Statistics compiled by the Government of India from the reports of provincial Civil Veterinary Departments
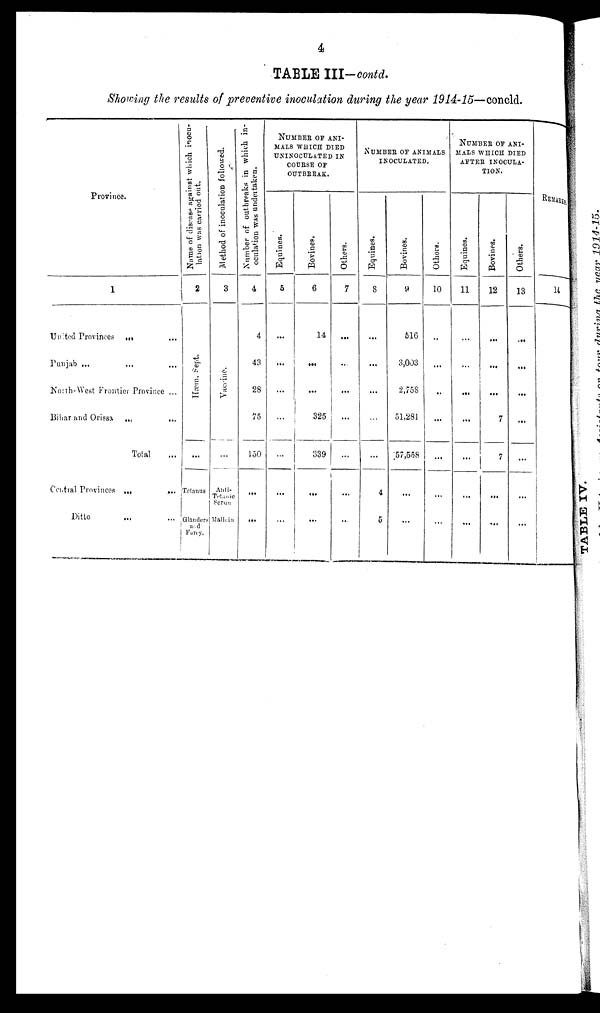
4
TABLE III-contd.
Showing the results of preventive inoculation during the year 1914-15—concld.
Province.
1
United Provinces ... ...
Punjab ... ... ...
North-West Frontier Province ...
Bihar and Orissa ... ...
Total ...
Central Provinces
...
...
Ditto ... ...
Name of disease against which inocu-
lation was carried out.
2
Hæm. Sept.
...
Tetanus
Glanders
and
Farey.
Method of inoculation followed.
3
Vaccine.
...
Anti-
Tetanic
Serum
Mallein
Number of outbreaks in which in-
oculation was undertaken.
4
4
43
28
75
150
...
...
NUMBER OF ANI-
MALS WHICH DIED
UNINOCULATED IN
COURSE OF
OUTBREAK.
Equines.
5
...
...
...
...
...
...
...
Bovines.
6
14
...
...
325
339
...
...
Others.
7
...
...
...
...
...
...
...
NUMBER OF ANIMALS
INOCULATED.
Equines.
8
...
...
...
...
...
4
5
Bovines.
9
516
3,003
2,758
51,281
57,558
...
...
Others.
10
...
...
...
...
...
...
...
NUMBER OF ANI-
MALS WHICH DIED
AFTER INOCULA-
TION.
Equines.
11
...
...
...
...
...
...
...
Bovines.
12
...
...
...
7
7
...
...
Others.
13
...
...
...
...
...
...
...
REMARKS.
14